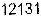
12131